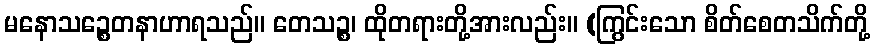
မနောသဉ္စေတနာဟာရသည်။ တေသဉ္စ၊ ထိုတရားတို့အားလည်း။ (ကြွင်းသော စိတ်စေတသိက်တို့